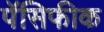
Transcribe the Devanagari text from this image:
पॅसिफीक